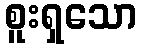
စူးရှသော